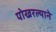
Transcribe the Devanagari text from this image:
पोखरल्याने